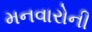
મનવારોની